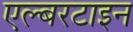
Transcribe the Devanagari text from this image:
एल्बरटाइन